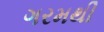
ગરમથી